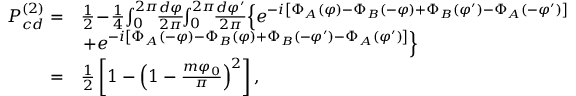
\begin{array} { r l } { P _ { c d } ^ { ( 2 ) } = } & { \frac { 1 } { 2 } \! - \! \frac { 1 } { 4 } \! \int _ { 0 } ^ { 2 \pi } \! \! \frac { d \varphi } { 2 \pi } \! \! \int _ { 0 } ^ { 2 \pi } \! \! \frac { d \varphi ^ { \prime } } { 2 \pi } \! \left\{ e ^ { - i \left[ \Phi _ { A } ( \varphi ) - \Phi _ { B } ( - \varphi ) + \Phi _ { B } ( \varphi ^ { \prime } ) - \Phi _ { A } ( - \varphi ^ { \prime } ) \right] } \right. } \\ & { \left. + e ^ { - i \left[ \Phi _ { A } ( - \varphi ) - \Phi _ { B } ( \varphi ) + \Phi _ { B } ( - \varphi ^ { \prime } ) - \Phi _ { A } ( \varphi ^ { \prime } ) \right] } \right\} } \\ { = } & { \frac { 1 } { 2 } \left[ 1 - \left( 1 - \frac { m \varphi _ { 0 } } { \pi } \right) ^ { 2 } \right] , } \end{array}